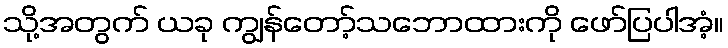
သို့အတွက် ယခု ကျွန်တော့်သဘောထားကို ဖော်ပြပါအံ့။